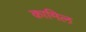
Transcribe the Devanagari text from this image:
क़ामिल